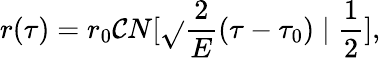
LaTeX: r(\tau)=r_{0}\mathcal{C}N[\sqrt{}{{\frac{{2}}{{E}}}}(\tau-\tau_{0})\mid\frac{{1}}{{2}}],